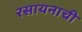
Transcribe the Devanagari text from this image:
रसायनाची